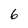
Character: 6